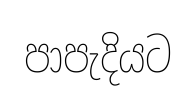
පාපැදියට